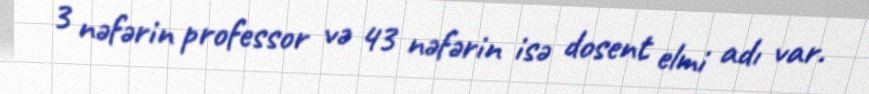
3 nəfərin professor və 43 nəfərin isə dosent elmi adı var.